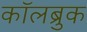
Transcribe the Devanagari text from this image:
कॉलब्रुक